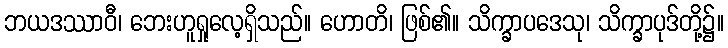
ဘယဒဿာဝီ၊ ဘေးဟူရှုလေ့ရှိသည်။ ဟောတိ၊ ဖြစ်၏။ သိက္ခာပဒေသု၊ သိက္ခာပုဒ်တို့၌။